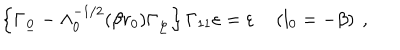
\left\{ \Gamma _ { \underline { { { 0 } } } } - \Lambda _ { 0 } ^ { - 1 / 2 } ( \beta r _ { 0 } ) \Gamma _ { \underline { { { \varphi } } } } \right\} \Gamma _ { 1 1 } \varepsilon = \varepsilon \quad \left( l _ { 0 } = - \beta \right) ~ ,